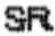
SR